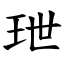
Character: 玴